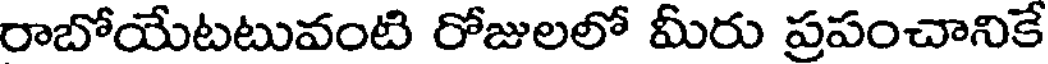
రాబోయేటటువంటి రోజులలో మీరు ప్రపంచానికే